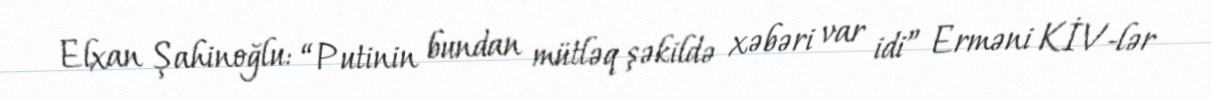
Elxan Şahinoğlu: “Putinin bundan mütləq şəkildə xəbəri var idi” Erməni KİV-lər